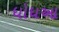
ધોધઆ